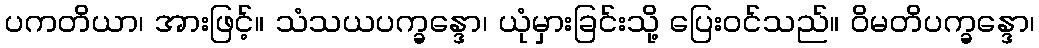
ပကတိယာ၊ အားဖြင့်။ သံသယပက္ခန္ဒော၊ ယုံမှားခြင်းသို့ ပြေးဝင်သည်။ ဝိမတိပက္ခန္ဒော၊